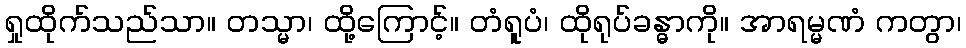
ရှုထိုက်သည်သာ။ တသ္မာ၊ ထို့ကြောင့်။ တံရူပံ၊ ထိုရုပ်ခန္ဓာကို။ အာရမ္မဏံ ကတွာ၊